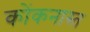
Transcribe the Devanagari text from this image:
कोंकनास्त